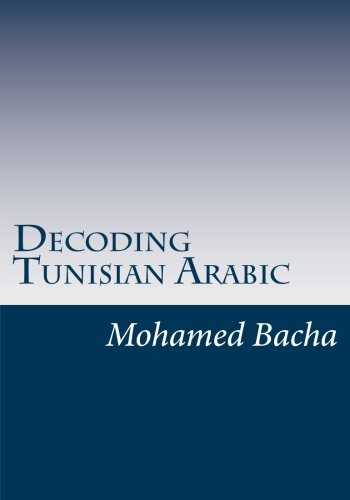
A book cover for Decoding Tunisian Arabic: A Course In The Spoken Language Of Tunisia (Explore Tunisian Culture Through Its Language) (Volume 1); Mohamed Bacha; Travel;